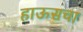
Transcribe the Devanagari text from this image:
हाऊसचा